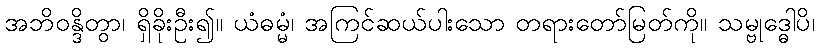
အဘိဝန္ဒိတွာ၊ ရှိခိုးဦး၍။ ယံဓမ္မံ၊ အကြင်ဆယ်ပါးသော တရားတော်မြတ်ကို။ သမ္ဗုဒ္ဓေါပိ၊